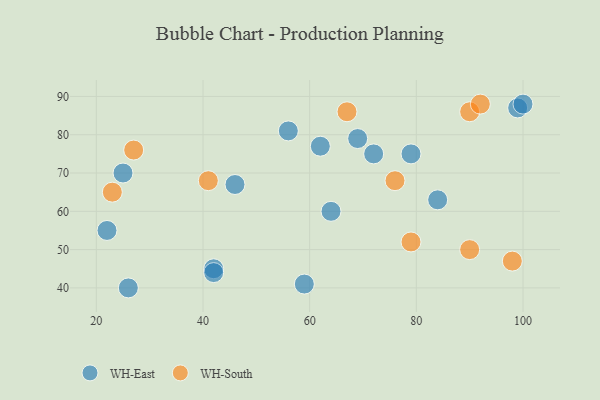
{"axis": {"x": "GDP", "y": "Life Expectancy"}, "legend": ["WH-East", "WH-South"], "data": [{"x": "56", "y": 81, "type": "WH-East"}, {"x": "79", "y": 75, "type": "WH-East"}, {"x": "69", "y": 79, "type": "WH-East"}, {"x": "22", "y": 55, "type": "WH-East"}, {"x": "42", "y": 45, "type": "WH-East"}, {"x": "42", "y": 44, "type": "WH-East"}, {"x": "26", "y": 40, "type": "WH-East"}, {"x": "72", "y": 75, "type": "WH-East"}, {"x": "64", "y": 60, "type": "WH-East"}, {"x": "25", "y": 70, "type": "WH-East"}, {"x": "99", "y": 87, "type": "WH-East"}, {"x": "46", "y": 67, "type": "WH-East"}, {"x": "59", "y": 41, "type": "WH-East"}, {"x": "62", "y": 77, "type": "WH-East"}, {"x": "84", "y": 63, "type": "WH-East"}, {"x": "100", "y": 88, "type": "WH-East"}, {"x": "79", "y": 52, "type": "WH-South"}, {"x": "90", "y": 86, "type": "WH-South"}, {"x": "27", "y": 76, "type": "WH-South"}, {"x": "76", "y": 68, "type": "WH-South"}, {"x": "67", "y": 86, "type": "WH-South"}, {"x": "92", "y": 88, "type": "WH-South"}, {"x": "98", "y": 47, "type": "WH-South"}, {"x": "23", "y": 65, "type": "WH-South"}, {"x": "90", "y": 50, "type": "WH-South"}, {"x": "41", "y": 68, "type": "WH-South"}]}